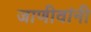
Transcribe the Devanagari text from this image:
जाणीवांनी